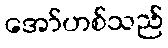
အော်ဟစ်သည်